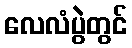
လေလံပွဲတွင်